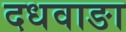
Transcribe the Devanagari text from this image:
दधवाङा